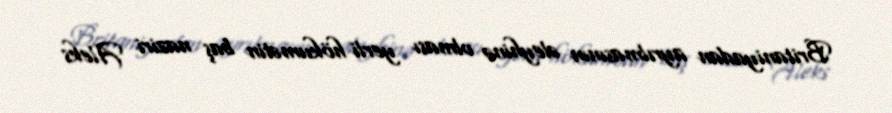
Britaniyadan ayrılmasının əleyhinə olması yerli hökumətin baş naziri Aleks